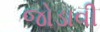
જોડાવી